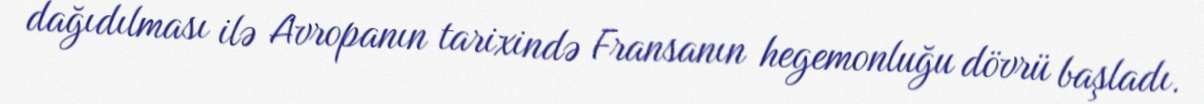
dağıdılması ilə Avropanın tarixində Fransanın hegemonluğu dövrü başladı.